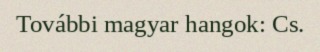
További magyar hangok: Cs.